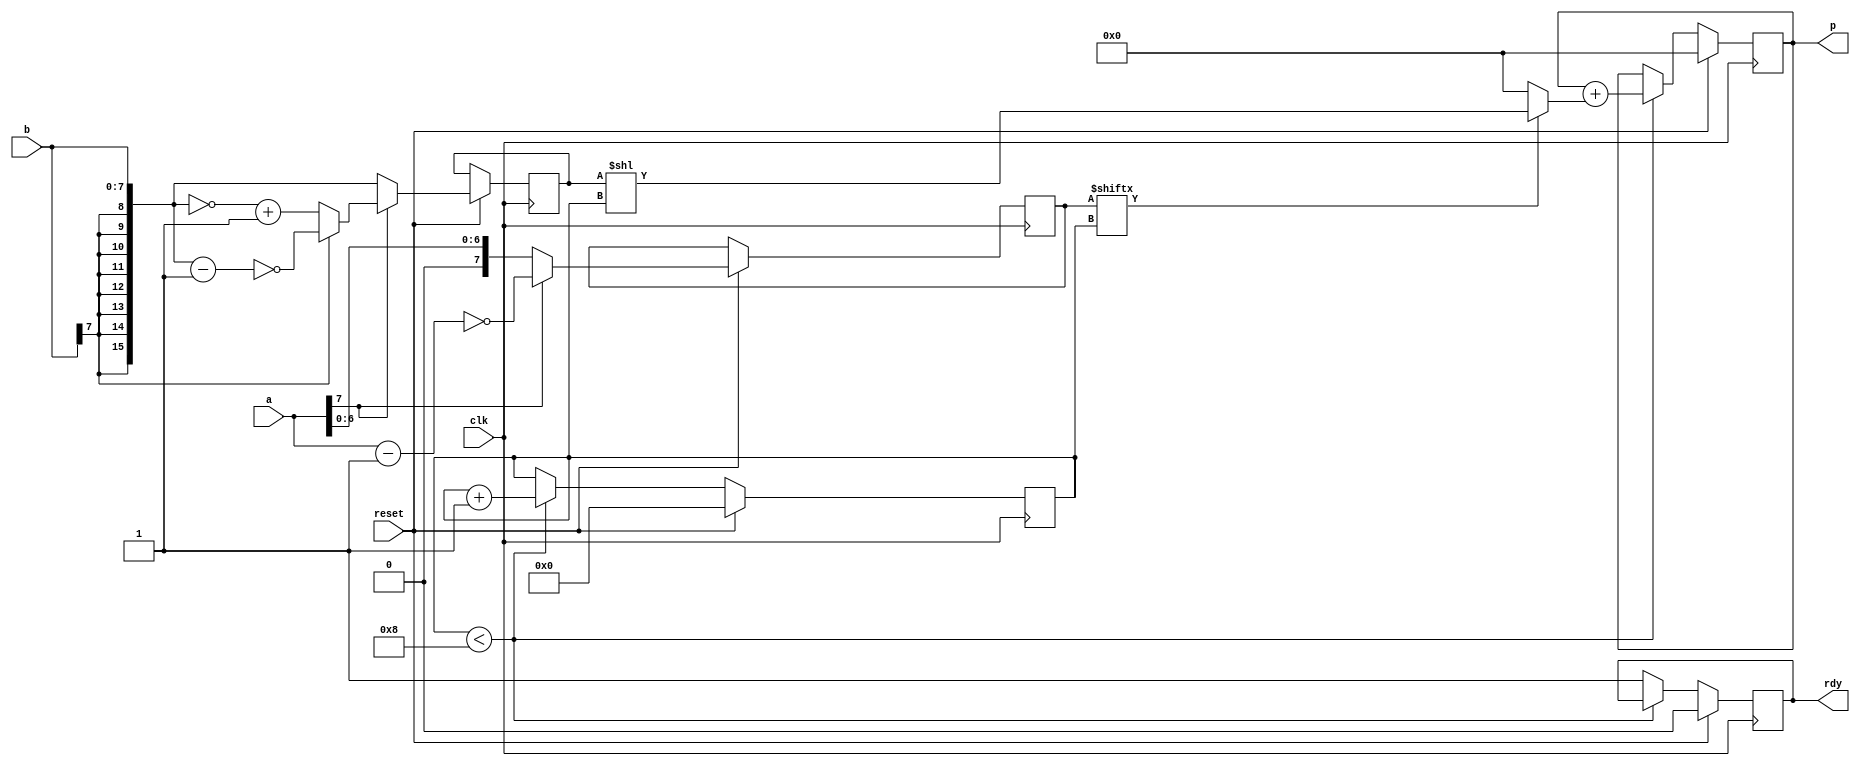
//                              -*- Mode: Verilog -*-
// Description     : Sequential multiplier

// The following code has been tested for all extreme values and is also synthesizable with 103 LUTs and 66 FFs being consumed of the FPGA (when directly synthesised with Vivado).
// Result of synthesis has been given in the folder in which this file is located and along with it the elaborated design has also been shown



`define width 8
`define ctrwidth 4
`define mult_width 2*`width

module seq_mult (
		 // Outputs
		 p, rdy, 
		 // Inputs
		 clk, reset, a, b
		 ) ;
	input clk, reset;
	input [`width-1:0] a, b;
	// *** Output declaration for 'p'
	output reg [`mult_width-1:0] p;
	output rdy;
   
	// *** Register declarations for p, multiplier, multiplicand
	reg rdy;
	reg [`ctrwidth-1:0] ctr;
	reg [`width-1:0] multiplier;
	reg [`mult_width-1:0] multiplicand;

	wire [`mult_width-1:0] mux_wire;

	assign mux_wire = (multiplier[ctr]) ? (multiplicand << ctr) : 0;

	function automatic [`mult_width-1:0] negate;
		input [`width-1:0] x;
		begin
			if (x[`width-1])
				negate =  ~( {{(`mult_width-`width){b[`width-1]}}, b} - 1);
			else
				negate =  ~( {{(`mult_width-`width){b[`width-1]}}, b}) + 1;
		end
	endfunction

	always @(posedge clk)
		if (reset) 
		begin
			rdy <= 0;
			p <= 0;
			ctr <= 0;
			
			if (a[`width-1])
			begin
				multiplier <= ~(a-1);
				multiplicand <= negate(b);
			end

			else
			begin
				multiplier <= a;
				multiplicand <= {{(`mult_width-`width){b[`width-1]}}, b};
			end
		end 

		else
		begin 
			if (ctr < `width) 
			begin
			// *** Code for multiplication
				p <= p + mux_wire;
				ctr <= ctr+1;
			end 

			else 
			begin
				rdy <= 1; 		// Assert 'rdy' signal to indicate end of multiplication
			end
		end

endmodule // seqmult